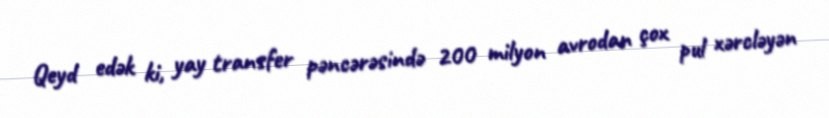
Qeyd edək ki, yay transfer pəncərəsində 200 milyon avrodan çox pul xərcləyən